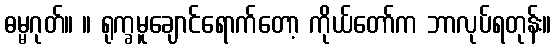
ဓမ္မဂုတ်။ ။ ရုက္ခမူချောင်ရောက်တော့ ကိုယ်တော်က ဘာလုပ်ရတုန်း။